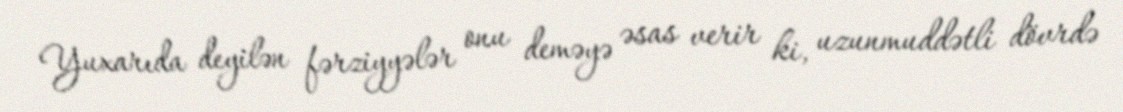
Yuxarıda deyilən fərziyyələr onu deməyə əsas verir ki, uzunmuddətli dövrdə